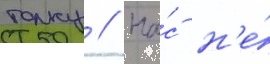
толку // На́с н'е́